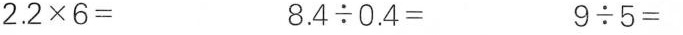
$$2 . 2 \times 6 =$$ $$8 . 4 {\div} 0 . 4 =$$